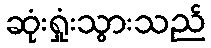
ဆုံးရှုံးသွားသည်